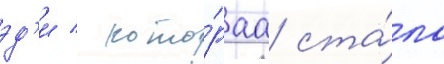
эд'и / кото́раа ста́ла